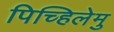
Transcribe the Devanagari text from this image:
पिच्हिलेमु